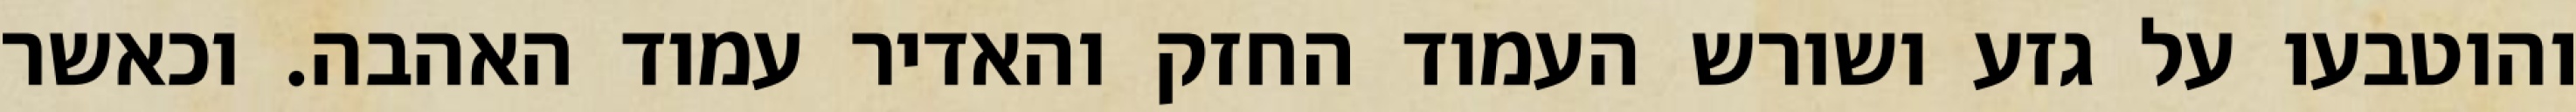
והוטבעו על גזע ושורש העמוד החזק והאדיר עמוד האהבה. וכאשר